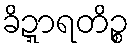
ခိဍ္ဍာရတိဉ္စ